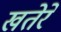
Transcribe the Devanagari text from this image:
खतेरे